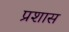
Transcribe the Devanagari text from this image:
प्रशास